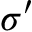
\sigma ^ { \prime }